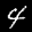
Digit: 4